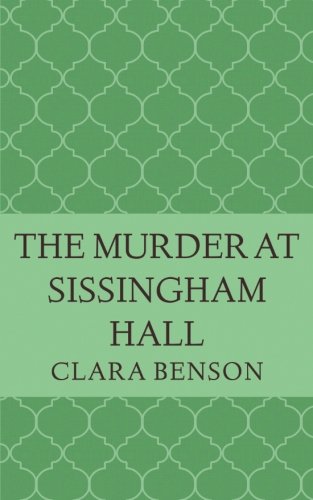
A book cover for The Murder at Sissingham Hall (An Angela Marchmont Mystery Book 1); Clara Benson; Mystery, Thriller & Suspense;